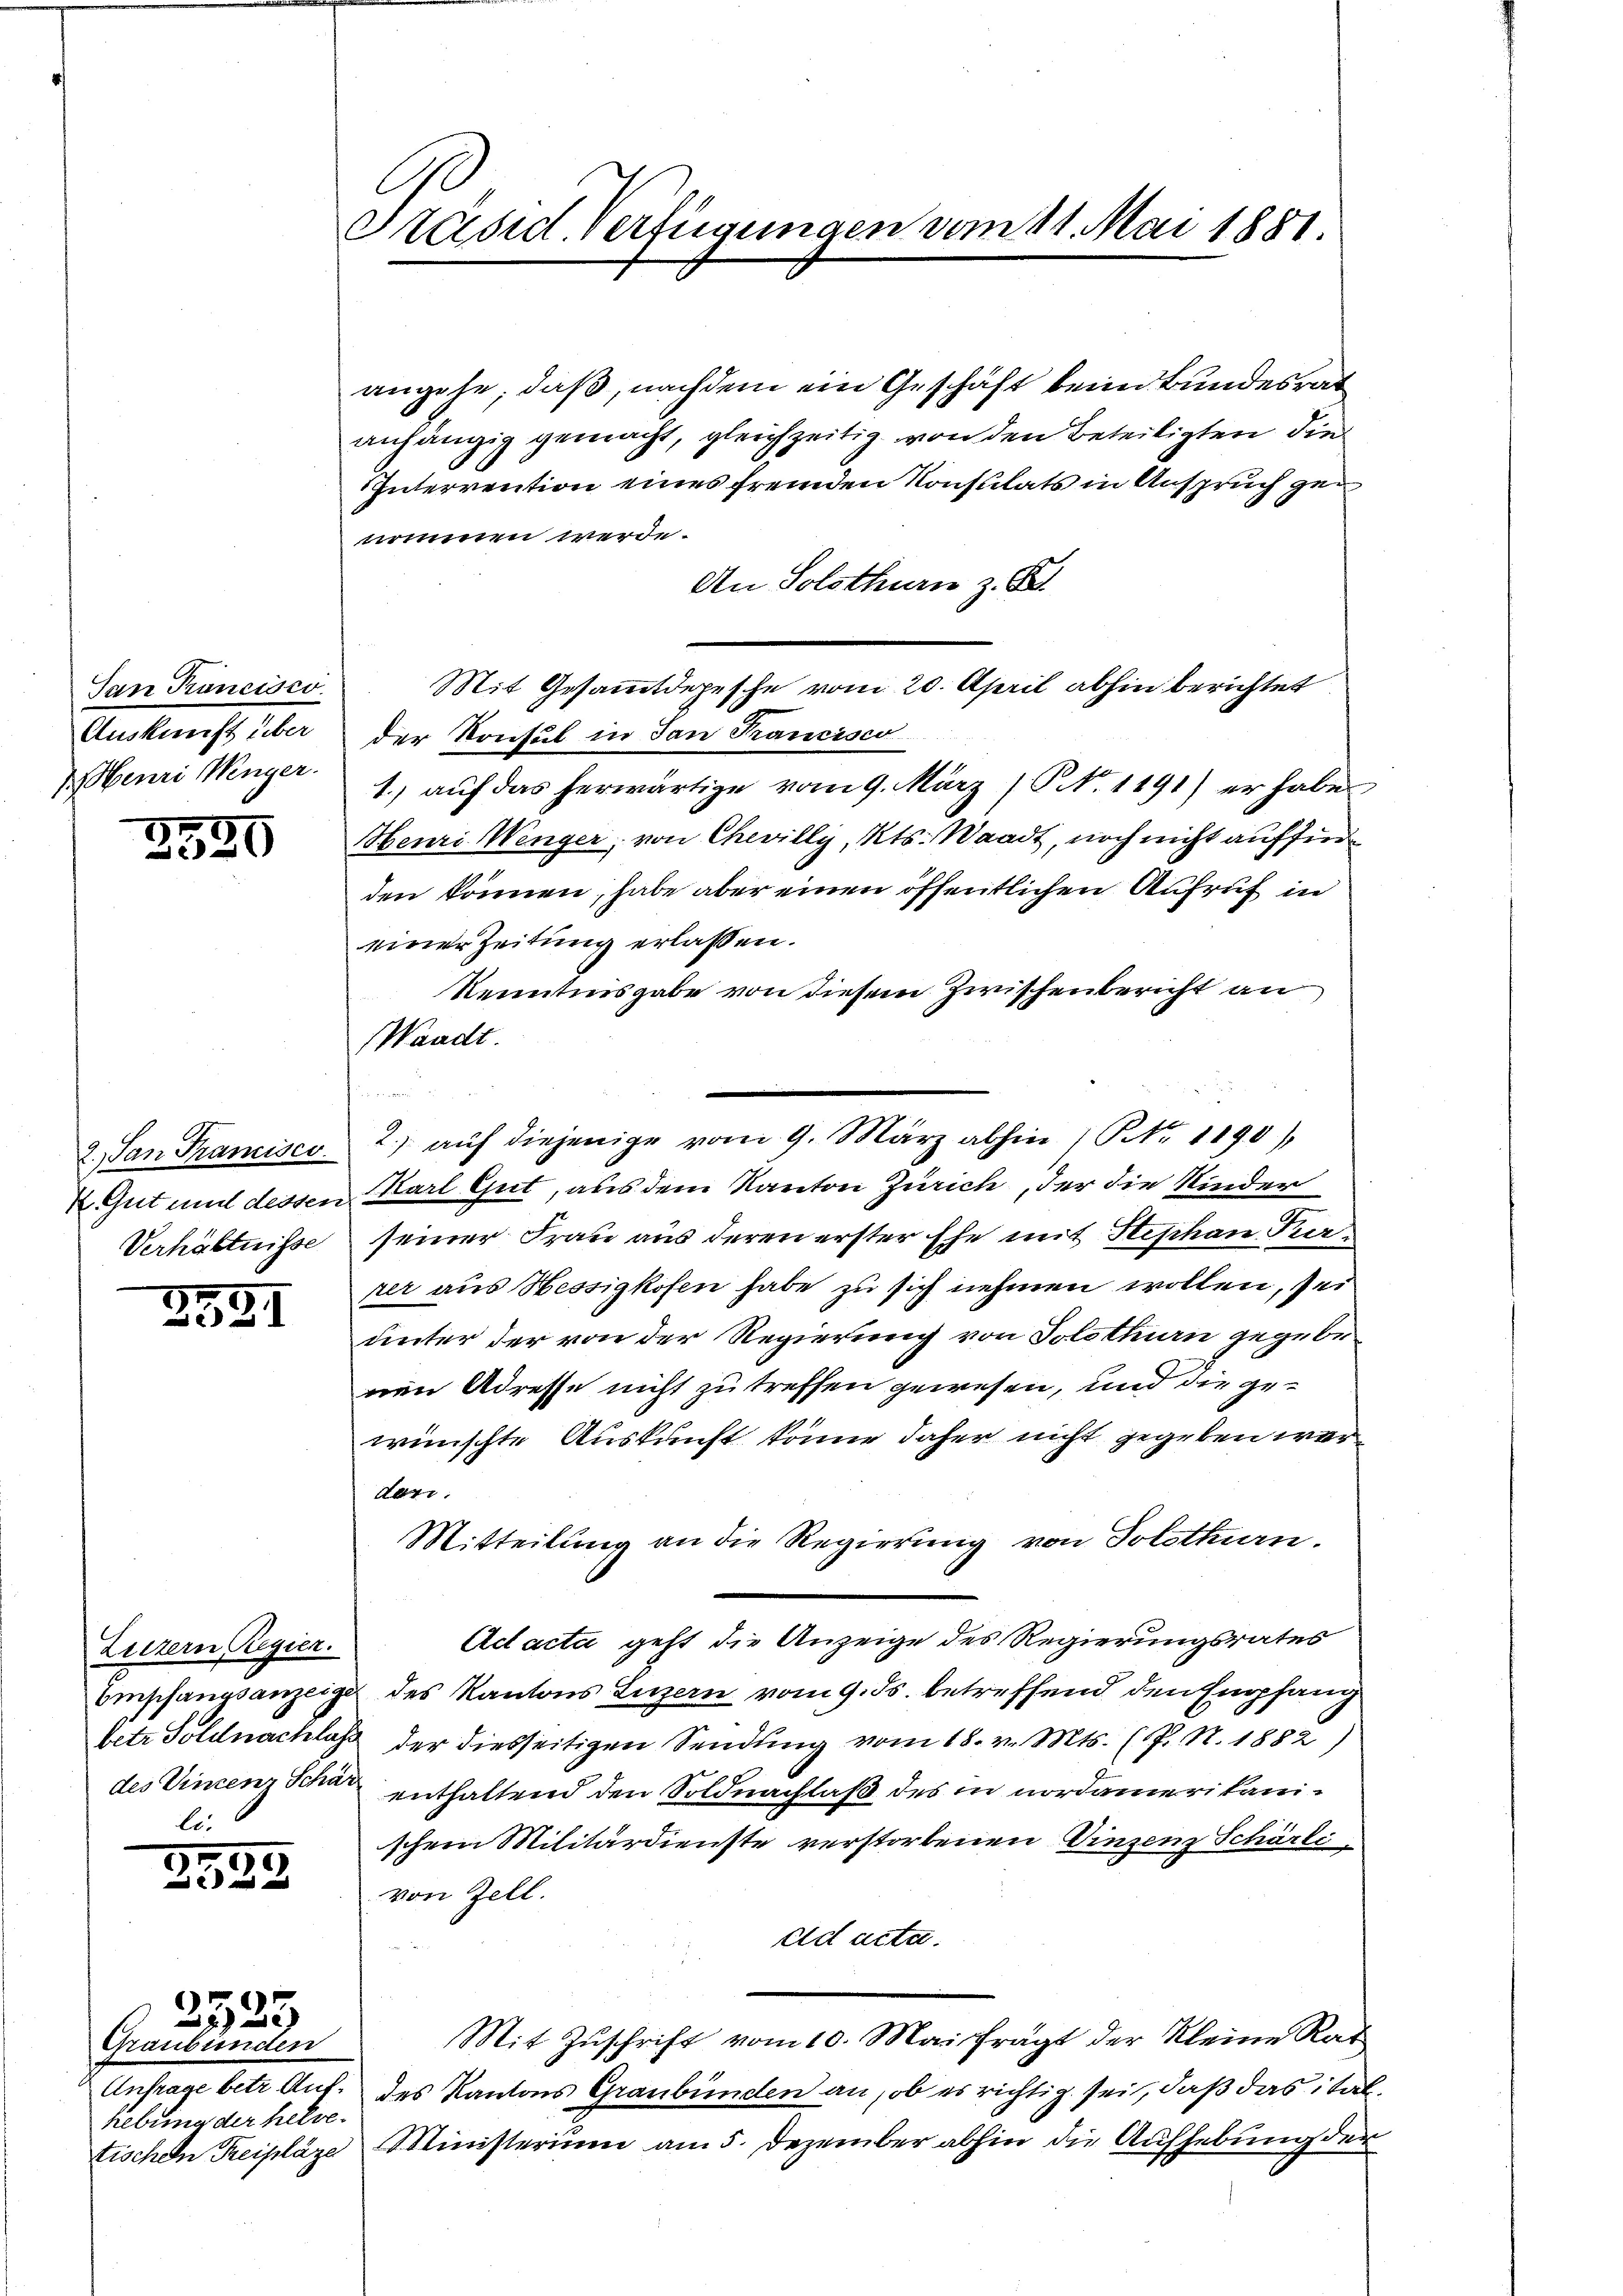
San Puncisco
Auskunft über
enri Weinger.

2199

2591

Luzern Regier
li.

329

Graubünden
Lebung der helve

2523

Präsid. Verfügungen vom 11. Mai 1881.

angehe, daß, nachdem ein Geschäft beim Bundesrat
anhängig gemacht, gleichzeitig von den Beteiligten die
Interrention eines fremden Konsulats in Anspruch gen
nommen werde.
An Solothurn z. B.
Mit Gesammtdepesche vom 20. April abhin berichtet
der Konsul in dan Francisco
1.) auf das herwärtige vom 9. März (S. 1191) er habe
Henri Wenger, von Chevilly, Kts. Waadt, noch nicht auffindden können, habe aber einen öffentlichen Aufruf in
einer Zeitung erlassen.
Kenntnisgabe von diesem Zwischenbericht an
Waadt.

2. San Francisco 2. aŭf diejenige vom 9. März abhin 1 Fr. 1190)
k. Gut und dessen Karl Gut, aus dem Kanton Zürich, der die Kinder
Verhältnisse seiner Frau aus deren erster Ehe mit Stephan Perper aus Hessigkofen habe zu sich nehmen wollen, sei
unter der von der Regierung von Solothurn gegebenen Adresse nicht zu treffen gewesen, und die gewünschte Auskunft könne daher nicht gegeben wäre
den.
Mitteilung an die Regierung von Solothurn.
Ad acta geht die Anzeige des Regierungsrates
Empfangsanzeige des Kantons Luzern vom 9. ds. betreffend den Empfang
fetr Goldnachlaß der diesseitigen Sendung vom 18. v. Mts. (T. N. 1882)
des Vincenz Schat enthaltend den Soldnachlaß des in nordamerikanischem Militärdienste verstorbenen Vinzenz Schärli
von Zell.
ad acta.
Mit Zŭschrift vom 10. Mai frägt der kleine Rat
Anfrage betr. Auf des Kantons Graubünden an, ob es richtig sei, daß das italtischen Reiplaze Ministerium am 5. Dezember abhin die Aufhebung der